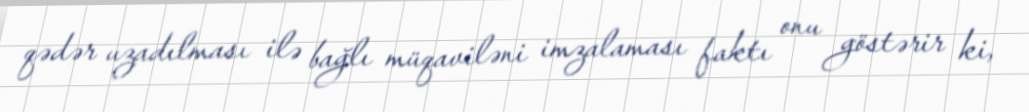
qədər uzadılması ilə bağlı müqaviləni imzalaması faktı onu göstərir ki,